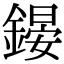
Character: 𨪶